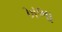
ખભા